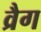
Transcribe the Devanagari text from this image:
व्रैग